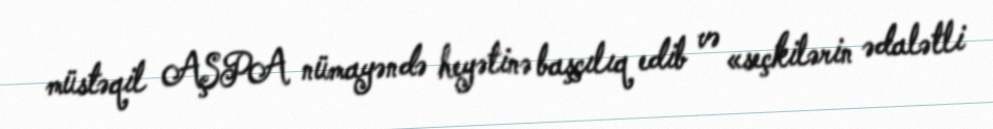
müstəqil AŞPA nümayəndə heyətinə başçılıq edib və «seçkilərin ədalətli